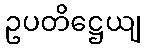
ဥပတိဋ္ဌေယျ